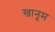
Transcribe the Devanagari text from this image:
खानूम